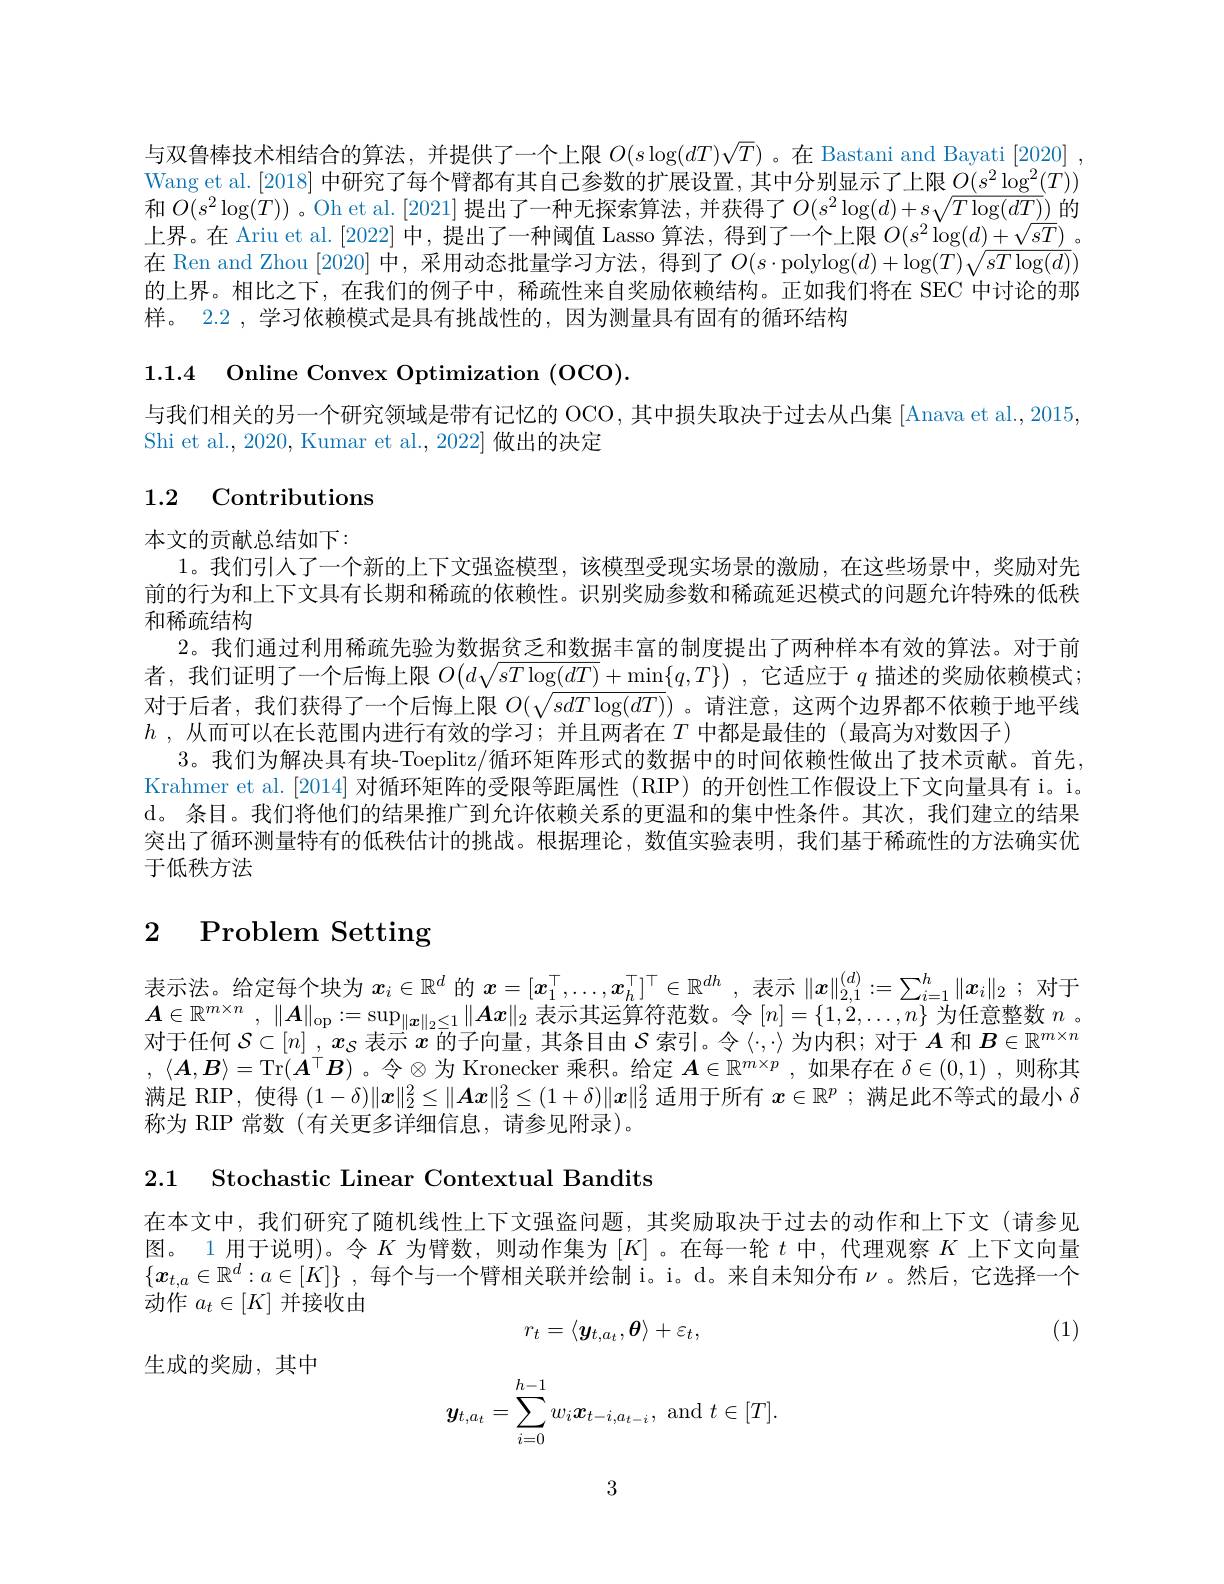
与双鲁棒技术相结合的算法，并提供了一个上限$O(s\log(dT)\sqrt{T})$ 。在 Bastani and Bayati[2020] Wang et al. [2018] 中研究了每个臂都有其自己参数的扩展设置，其中分别显示了上限$O(s^2\log^2(T))$ 和$O(s^2\log(T))$。Oh et al.[2021] 提出了一种无探索算法，并获得了$O(s^2\log(d)+s\sqrt{T\log(dT)})$的上界。在 Ariu et al. [2022] 中，提出了一种阈值 Lasso 算法，得到了一个上限$O(s^2\log(d)+\sqrt{sT})$ 。在 Ren and Zhou [2020] 中，采用动态批量学习方法，得到了$O(s\cdot$polylog$(d)+\log(T)\sqrt sT\log(d))$ 的上界。相比之下，在我们的例子中，稀疏性来自奖励依赖结构。正如我们将在 SEC 中讨论的那样。2.2 , 学习依赖模式是具有挑战性的，因为测量具有固有的循环结构

1.1.4 Online Convex Optimization (OCO).
与我们相关的另一个研究领域是带有记忆的 OCO, 其中损失取决于过去从凸集[Anava et al., 2015,
Shi et al., 2020, Kumar et al., 2022] 做出的决定

# 1.2 Contributions

本文的贡献总结如下：
1。我们引人了一个新的上下文强盗模型，该模型受现实场景的激励，在这些场景中，奖励对先前的行为和上下文具有长期和稀疏的依赖性。识别奖励参数和稀疏延迟模式的问题允许特殊的低秩和稀疏结构
2。我们通过利用稀疏先验为数据贫乏和数据丰富的制度提出了两种样本有效的算法。对于前者，我们证明了一个后悔上限$O(d\sqrt sT\log(\underline{dT})+\min\{q,T\})$ ,它适应于$q$描述的奖励依赖模式； 对于后者，我们获得了一个后悔上限$O(\sqrt{sdT\log(dT)})$ 。请注意，这两个边界都不依赖于地平线$h$ , 从 而 可 以 在 长 范 围 内 进 行 有 效 的 学 习 ; 并 且 两 者 在 $T$ 中都是最佳的(最高为对数因子)
3。我们为解决具有块-Toeplitz/循环矩阵形式的数据中的时间依赖性做出了技术贡献。首先Krahmer et al.[2014] 对循环矩阵的受限等距属性 (RIP) 的开创性工作假设上下文向量具有 i。i。d。条目。我们将他们的结果推广到允许依赖关系的更温和的集中性条件。其次，我们建立的结果突出了循环测量特有的低秩估计的挑战。根据理论，数值实验表明，我们基于稀疏性的方法确实优于低秩方法

# 2 Problem Setting

表示法。给定每个块为$x_i\in\mathbb{R}^d$的$x=[x_1^\top,\ldots,x_h^\top]^\top\in\mathbb{R}^{dh}$ ,表示$\|x\|_2,1^{(d)}:=\sum_{i=1}^h\|x_i\|_2$ ;对于$\begin{array}{l}\boldsymbol{A}\in\mathbb{R}^{m\times n},&\|\boldsymbol{A}\|_{\mathrm{op}}:=\sup_{\|\boldsymbol{x}\|_2\leq1}\|\boldsymbol{A}x\|_2\text{ 表示其运算符范数。令 }[n]=\{1,2,\ldots,n\}\text{ 为任意整数 }n。\\\text{对于任何 }\mathcal{S}\subset[n],x_{\mathcal{S}}\text{ 表示 }x\text{ 的子向量，其条目由 }\mathcal{S}\text{ 索引。令 }\langle\cdot\cdot\rangle\text{ 为内积；对于 }A\text{ 和 }\boldsymbol{B}\in\mathbb{R}^{m\times n}\end{array}$ $,\left\langle\boldsymbol{A},\boldsymbol{B}\right\rangle=$Tr$(\boldsymbol{A}^\top\boldsymbol{B})$ 。令$\otimes$为 Kronecker 乘积。给定 $A\in\mathbb{R}^m\times p$ ,如果存在 $\delta\in(0,1)$, 则称其满足 RIP, 使得$(1-\delta)\|x\|_2^2\leq\|Ax\|_2^2\leq(1+\delta)\|x\|_2^2$适用于所有$x\in\mathbb{R}^p$ ; 满足此不等式的最小$\delta$ 称为 RIP 常数(有关更多详细信息，请参见附录)。

2.1 Stochastic Linear Contextual Bandits

在本文中，我们研究了随机线性上下文强盗问题，其奖励取决于过去的动作和上下文(请参见图。1 用于说明)。令$K$为臂数，则动作集为$[K]$ 。在每一轮$t$中，代理观察$K$上下文向量$\{\boldsymbol{x}_{t,a}\in\mathbb{R}^d:a\in[K]\}$ ,每个与一个臂相关联并绘制 i。d。来自未知分布$\nu$ 。然后，它选择一个动作$a_t\in[K]$并接收由

(1)

生成的奖励，其中国家
$$r_t=\langle\boldsymbol{y}_{t,a_t},\boldsymbol{\theta}\rangle+\varepsilon_t,$$
$$\boldsymbol{y}_{t,a_t}=\sum\limits_{i=0}^{h-1}w_i\boldsymbol{x}_{t-i,a_{t-i}},\mathrm{~and~}t\in[T].$$
3